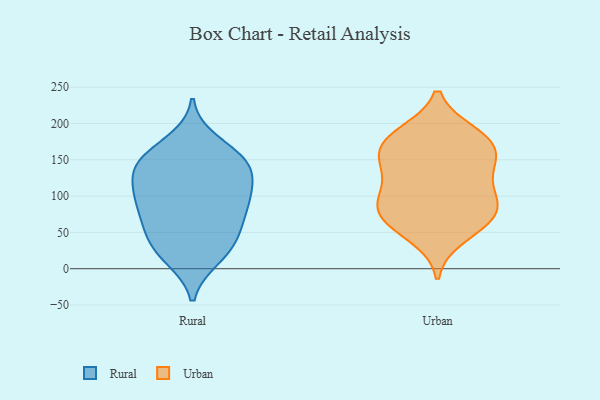
{"axis": {"x": "Headcount", "y": "Value"}, "legend": ["Rural", "Urban"], "data": [{"x": "", "y": 83, "type": "Rural"}, {"x": "", "y": 95, "type": "Rural"}, {"x": "", "y": 106, "type": "Rural"}, {"x": "", "y": 141, "type": "Rural"}, {"x": "", "y": 34, "type": "Rural"}, {"x": "", "y": 153, "type": "Rural"}, {"x": "", "y": 175, "type": "Rural"}, {"x": "", "y": 141, "type": "Rural"}, {"x": "", "y": 74, "type": "Rural"}, {"x": "", "y": 148, "type": "Rural"}, {"x": "", "y": 15, "type": "Rural"}, {"x": "", "y": 99, "type": "Rural"}, {"x": "", "y": 153, "type": "Rural"}, {"x": "", "y": 110, "type": "Rural"}, {"x": "", "y": 36, "type": "Rural"}, {"x": "", "y": 61, "type": "Rural"}, {"x": "", "y": 17, "type": "Rural"}, {"x": "", "y": 53, "type": "Rural"}, {"x": "", "y": 128, "type": "Rural"}, {"x": "", "y": 73, "type": "Urban"}, {"x": "", "y": 142, "type": "Urban"}, {"x": "", "y": 44, "type": "Urban"}, {"x": "", "y": 95, "type": "Urban"}, {"x": "", "y": 80, "type": "Urban"}, {"x": "", "y": 162, "type": "Urban"}, {"x": "", "y": 134, "type": "Urban"}, {"x": "", "y": 63, "type": "Urban"}, {"x": "", "y": 178, "type": "Urban"}, {"x": "", "y": 186, "type": "Urban"}, {"x": "", "y": 167, "type": "Urban"}, {"x": "", "y": 145, "type": "Urban"}, {"x": "", "y": 98, "type": "Urban"}, {"x": "", "y": 184, "type": "Urban"}, {"x": "", "y": 69, "type": "Urban"}, {"x": "", "y": 103, "type": "Urban"}]}